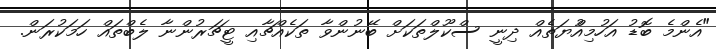
"އެންމެ ބޮޑު އަހުމިއްުޔަތެއް ދިނީ ސްކޫލްތަކަށް ބޭނުންވާ ތަކެއްޗާއި ޓީޗަރުންނާ ލެބްތައް ހަމަކުރަން.